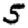
Digit: 5